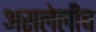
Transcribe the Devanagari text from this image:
असलेलीच